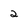
Character: 2